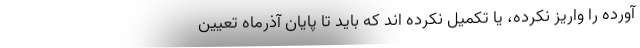
آورده را واریز نکرده، یا تکمیل نکرده اند که باید تا پایان آذرماه تعیین